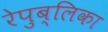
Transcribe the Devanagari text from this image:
रेपुब्लिका